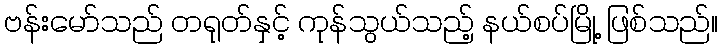
ဗန်းမော်သည် တရုတ်နှင့် ကုန်သွယ်သည့် နယ်စပ်မြို့ ဖြစ်သည်။